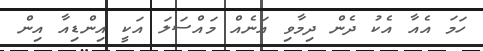
ހަމަ އެއާ އެކު ދެން ދިމާވި އަނެއް މައްސަލަ އަކީ އިންޑިއާ އިން